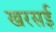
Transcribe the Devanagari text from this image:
खरसई